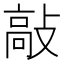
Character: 敲